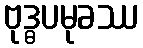
ဗုဒ္ဓပမုခဿ